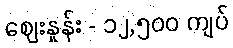
ဈေးနှုန်း - ၁၂,၅၀၀ ကျပ်